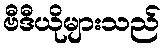
ဗီဒီယိုများသည်